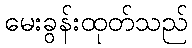
မေးခွန်းထုတ်သည်